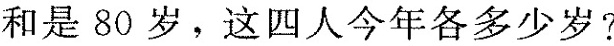
和是80岁，这四人今年各多少岁?